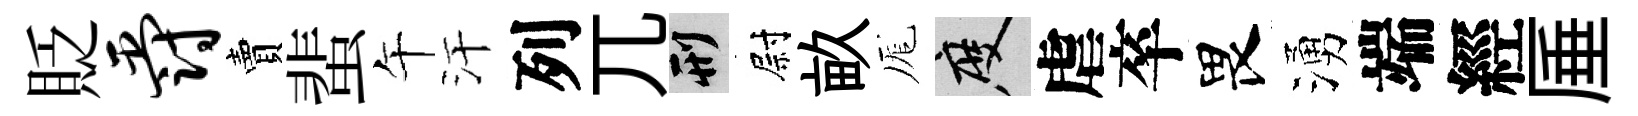
貶爵賣蜚午汗列兀刑尉畝厖度虐卒畏湧端經厜